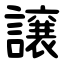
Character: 譲